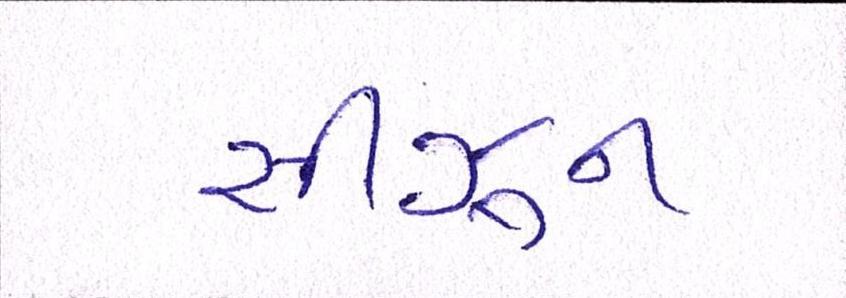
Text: સીઝન